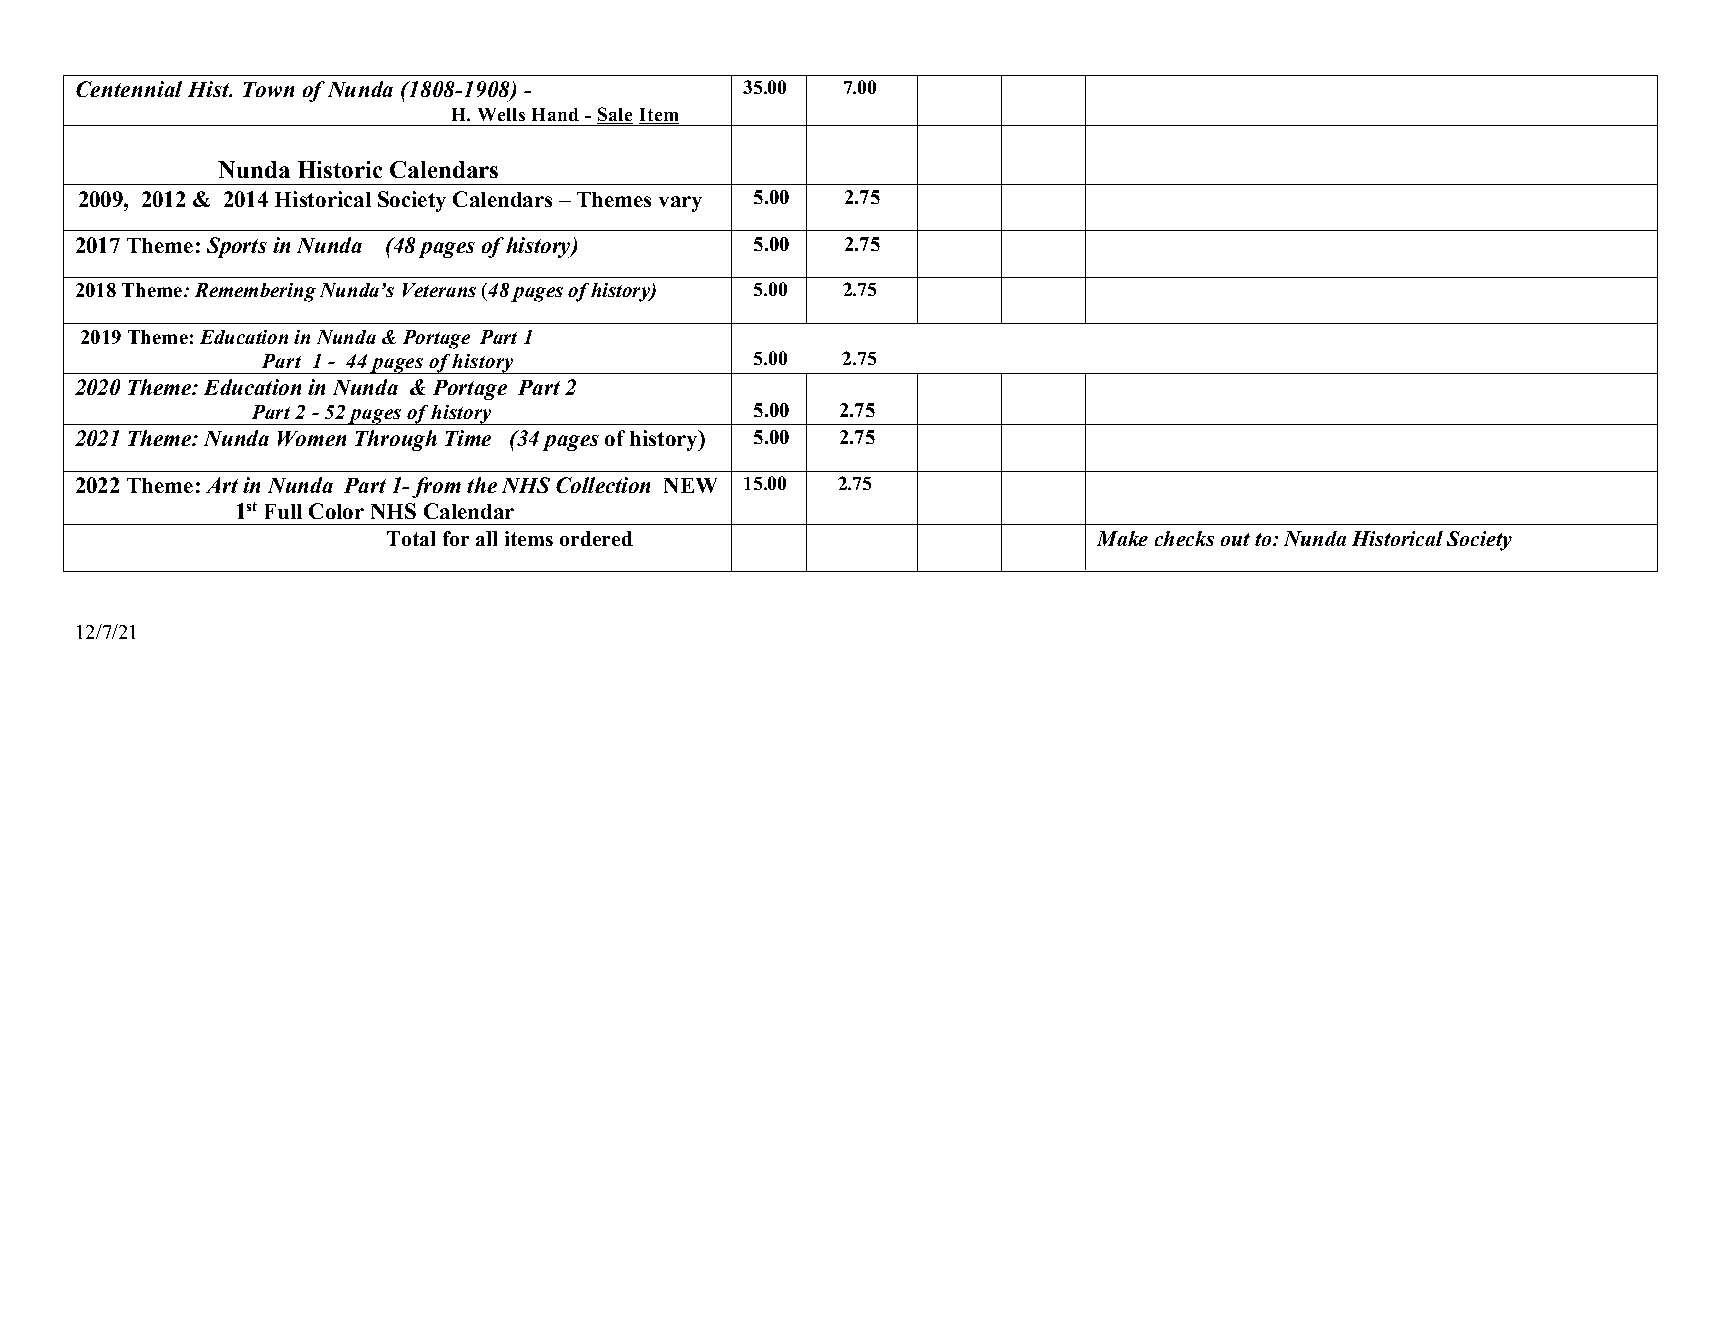
Centennial Hist. Town of Nunda(1808-1908) - 35.00  7.00
 H.WellsHand-SaleItem
 NundaHistoricCalendars
 2009, 2012& 2014HistoricalSocietyCalendars–Themesvary 5.00 2.75
 2017Theme:SportsinNunda (48pagesofhistory)   5.00  2.75
 2018Theme:RememberingNunda’sVeterans(48pagesofhistory) 5.00 2.75
 2019Theme:EducationinNunda&Portage Part1
 Part 1- 44pagesofhistory         5.00  2.75
 2020Theme:EducationinNunda &Portage Part2
 Part2-52pagesofhistory           5.00 2.75
 2021Theme:NundaWomenThroughTime (34pagesofhistory) 5.00 2.75
 2022Theme:ArtinNunda Part1-fromtheNHSCollection NEW 15.00 2.75
 1stFullColorNHSCalendar
 Totalforallitemsordered                        Makechecksoutto:NundaHistoricalSociety
 12/7/21